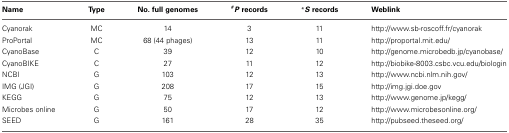
<table><thead><tr><td><b>Name</b></td><td><b>Type</b></td><td><b>No. full genomes</b></td><td><b><i><sup>#</sup>P</i> records</b></td><td><b><i><sup>*</sup>S</i> records</b></td><td><b>Weblink</b></td></tr></thead><tbody><tr><td>Cyanorak</td><td>MC</td><td>14</td><td>3</td><td>11</td><td>http://www.sb-roscoff.fr/cyanorak</td></tr><tr><td>ProPortal</td><td>MC</td><td>68 (44 phages)</td><td>13</td><td>11</td><td>http://proportal.mit.edu/</td></tr><tr><td>CyanoBase</td><td>C</td><td>39</td><td>12</td><td>10</td><td>http://genome.microbedb.jp/cyanobase/</td></tr><tr><td>CyanoBIKE</td><td>C</td><td>27</td><td>11</td><td>12</td><td>http://biobike-8003.csbc.vcu.edu/biologin</td></tr><tr><td>NCBI</td><td>G</td><td>103</td><td>12</td><td>13</td><td>http://www.ncbi.nlm.nih.gov/</td></tr><tr><td>IMG (JGI)</td><td>G</td><td>208</td><td>17</td><td>15</td><td>http://img.jgi.doe.gov</td></tr><tr><td>KEGG</td><td>G</td><td>75</td><td>12</td><td>13</td><td>http://www.genome.jp/kegg/</td></tr><tr><td>Microbes online</td><td>G</td><td>50</td><td>17</td><td>12</td><td>http://www.microbesonline.org/</td></tr><tr><td>SEED</td><td>G</td><td>161</td><td>28</td><td>35</td><td>http://pubseed.theseed.org/</td></tr></tbody></table>